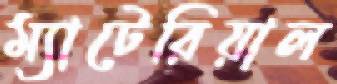
ম্যাটেরিয়াল